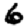
Digit: 6